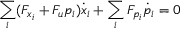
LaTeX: \sum _ { i } ( F _ { x _ { i } } + F _ { u } p _ { i } ) { \dot { x } } _ { i } + \sum _ { i } F _ { p _ { i } } { \dot { p } } _ { i } = 0